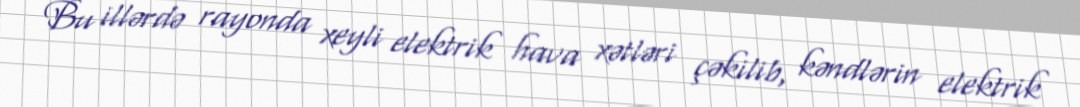
Bu illərdə rayonda xeyli elektrik hava xətləri çəkilib, kəndlərin elektrik